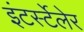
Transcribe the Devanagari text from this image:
इंटर्स्टेलेर